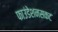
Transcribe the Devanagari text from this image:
फाउंडेशनसकट